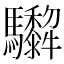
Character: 𩧠